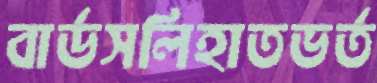
বার্ডসলিহাতভর্ত